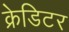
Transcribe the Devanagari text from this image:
क्रेडिटर